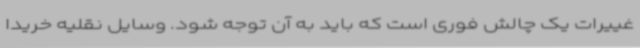
غییرات یک چالش فوری است که باید به آن توجه شود. وسایل نقلیه خریدا